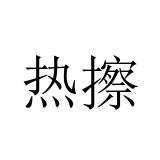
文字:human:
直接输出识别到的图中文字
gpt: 热擦